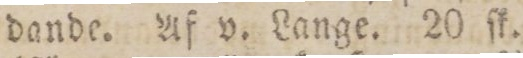
dande. Af v. Lange. 20 ſk.